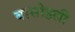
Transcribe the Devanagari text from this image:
बासोहली